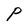
Character: P